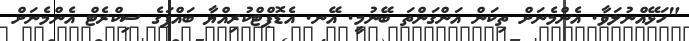
"ހަޅޭއްނުލަވާ. އެންމެނަށް ތިކަން އަންގަންތަ ބޭނުމީ. އޭނ. އެޑޮޕްޓްކުރިއްޔާ ބައްޕަގެ ސިކްރެޓް އެންމެނަށް